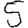
Digit: 5